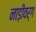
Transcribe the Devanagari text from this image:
नाड़ीवर्ग